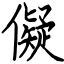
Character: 儗